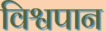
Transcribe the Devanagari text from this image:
विश्वपान